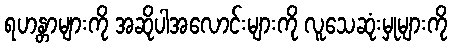
ရဟန္တာများကို အဆိုပါအလောင်းများကို လူသေဆုံးမှုများကို